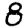
Digit: 8